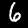
Digit: 6